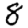
Digit: 8